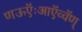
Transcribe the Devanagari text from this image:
णऊऍःआऍव्वॅण्